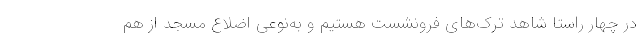
در چهار راستا شاهد ترک‌های فرونشست هستیم و به‌نوعی اضلاع مسجد از هم